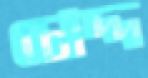
চোদ্দ